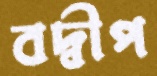
বদ্বীপ